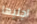
اجلبها